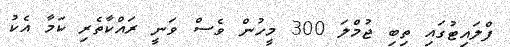
ފްލައިޓުގައި ތިބި ޖުމްލަ 300 މީހުން ވެސް ވަނީ ރައްކާތެރި ކަމާ އެކު